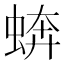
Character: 𧎔